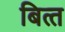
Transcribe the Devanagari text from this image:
बित्‍त